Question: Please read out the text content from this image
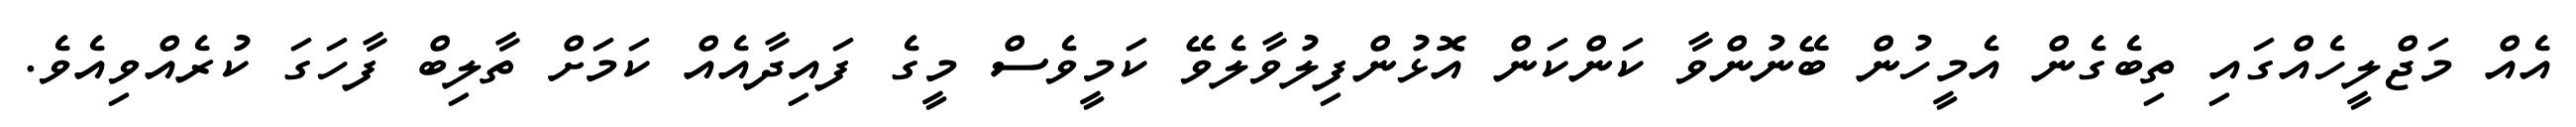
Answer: އެއް މަޖްލީހެއްގައި ތިބެގެން އެމީހުން ބޭނުންވާ ކަންކަން އޮޅުންފިލުވާލެވޭ ކަމީވެސް މީގެ ފައިދާއެއް ކަމަށް ތާލިބް ފާހަގަ ކުރެއްވިއެވެ.